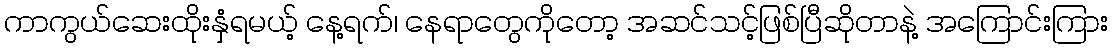
ကာကွယ်ဆေးထိုးနှံရမယ့် နေ့ရက်၊ နေရာတွေကိုတော့ အဆင်သင့်ဖြစ်ပြီဆိုတာနဲ့ အကြောင်းကြား